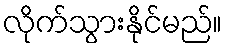
လိုက်သွားနိုင်မည်။